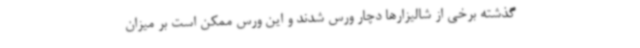
گذشته برخی از شالیزارها دچار ورس شدند و این ورس ممکن است بر میزان